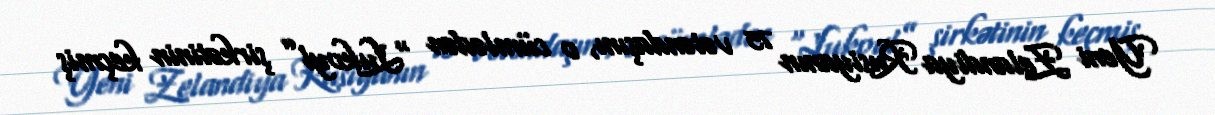
Yeni Zelandiya Rusiyanın 75 vətəndaşını, o cümlədən “Lukoyl” şirkətinin keçmiş